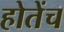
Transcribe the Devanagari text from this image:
होतेंच